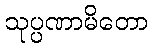
သုပ္ပဏာမိတော